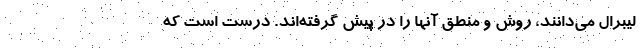
لیبرال می‌دانند، روش و منطق آنها را در پیش گرفته‌اند. درست است که